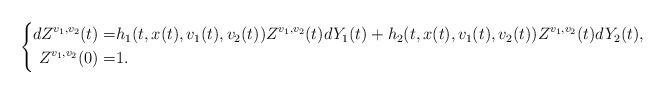
LaTeX: \begin{align*}\left\{\begin{aligned}dZ^{v_1,v_2}(t)=&h_1(t,x(t),v_{1}(t),v_{2}(t))Z^{v_1,v_2}(t)dY_1(t)+h_2(t,x(t),v_{1}(t),v_{2}(t))Z^{v_1,v_2}(t)dY_2(t),\\Z^{v_1,v_2}(0)=&1.\\\end{aligned}\right.\end{align*}